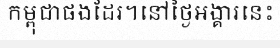
កម្ពុជាផងដែរ។នៅថ្ងៃអង្គារនេះ